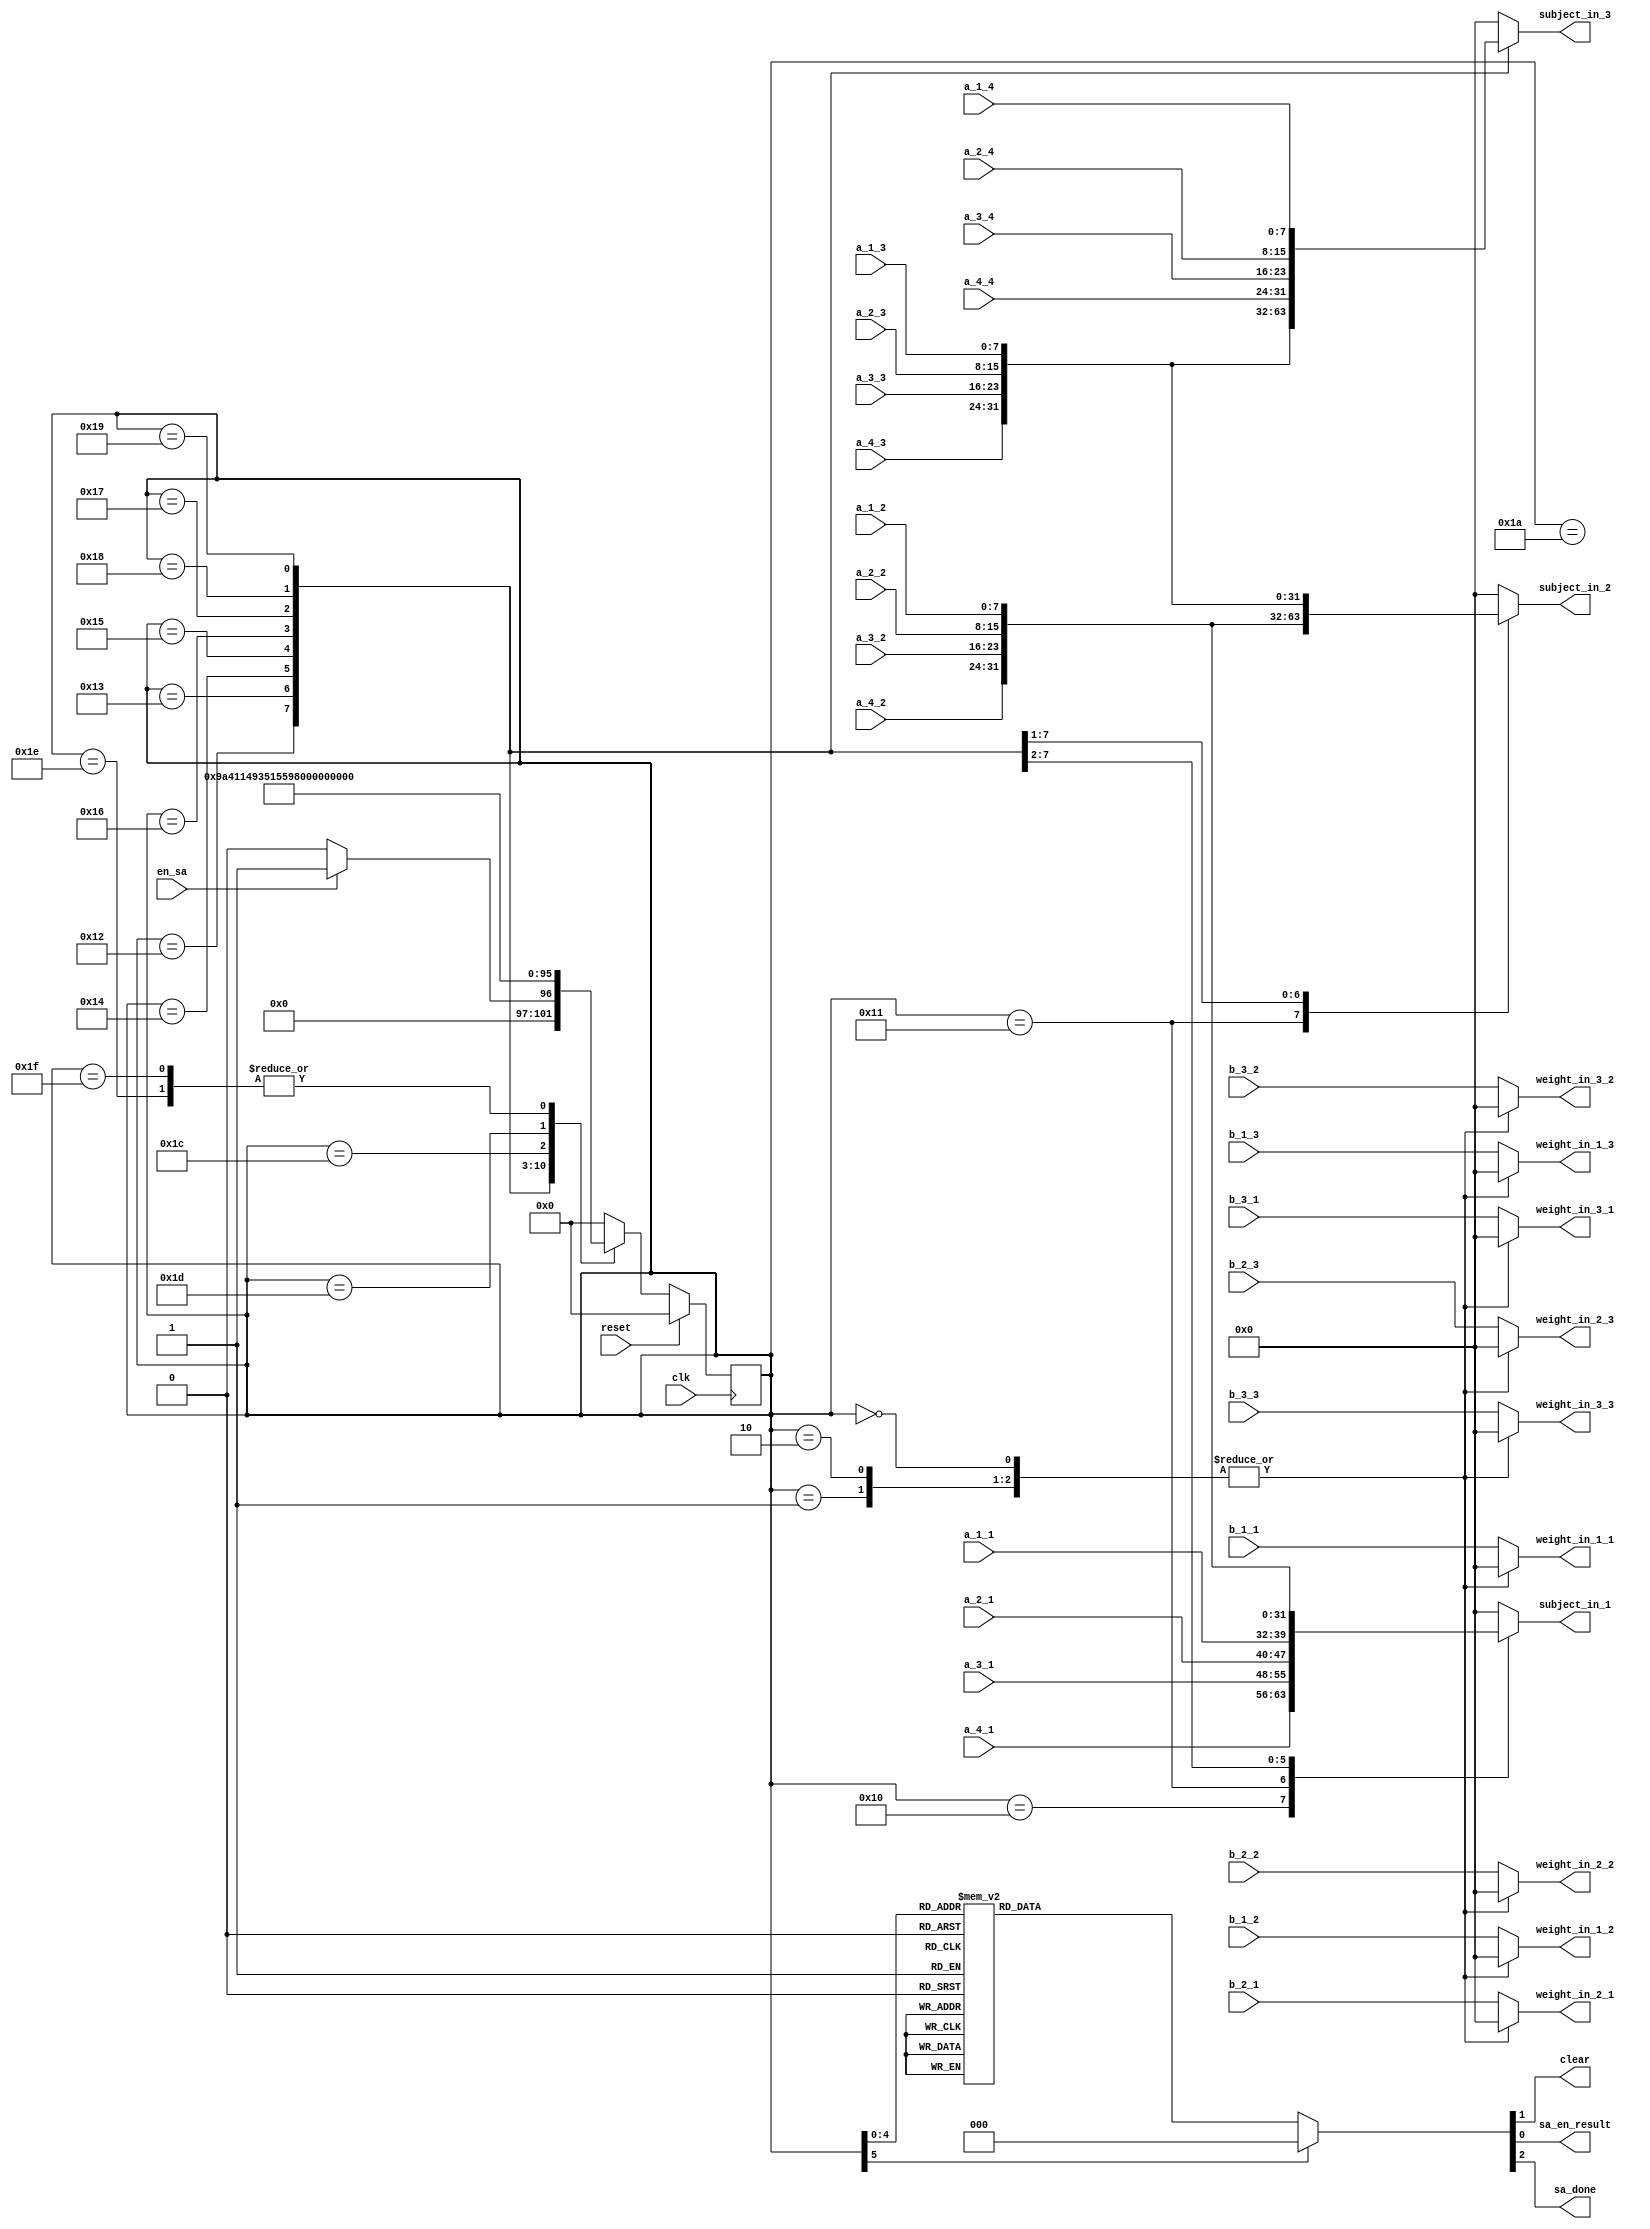
`timescale 1ns / 1ps

// waiting in wait_state
// when receive an en_sa signal, initialize
// when receive a reset signal, return to wait_state

module SA_controller(clk, reset, en_sa, 
a_1_1, a_1_2, a_1_3, a_1_4, 
a_2_1, a_2_2, a_2_3, a_2_4, 
a_3_1, a_3_2, a_3_3, a_3_4, 
a_4_1, a_4_2, a_4_3, a_4_4, 
b_1_1, b_1_2, b_1_3, 
b_2_1, b_2_2, b_2_3, 
b_3_1, b_3_2, b_3_3, 
//result,
clear,
weight_in_1_1, weight_in_1_2, weight_in_1_3, 
weight_in_2_1, weight_in_2_2, weight_in_2_3, 
weight_in_3_1, weight_in_3_2, weight_in_3_3, 
subject_in_1, subject_in_2, subject_in_3, 
sa_en_result, sa_done
);
//c_1_1, c_1_2, c_2_1, c_2_2,

    input clk;
    input reset;
    input en_sa;
    
    input [7:0] a_1_1, a_1_2, a_1_3, a_1_4;
	input [7:0] a_2_1, a_2_2, a_2_3, a_2_4;
	input [7:0] a_3_1, a_3_2, a_3_3, a_3_4;
	input [7:0] a_4_1, a_4_2, a_4_3, a_4_4;
	
	input [7:0] b_1_1, b_1_2, b_1_3;
	input [7:0] b_2_1, b_2_2, b_2_3;
	input [7:0] b_3_1, b_3_2, b_3_3;
	
//	input [7:0] result;
    
    output reg clear;
    
    output reg [7:0] weight_in_1_1, weight_in_1_2, weight_in_1_3;
    output reg [7:0] weight_in_2_1, weight_in_2_2, weight_in_2_3;
    output reg [7:0] weight_in_3_1, weight_in_3_2, weight_in_3_3;
    
    output reg [7:0] subject_in_1;
    output reg [7:0] subject_in_2;
    output reg [7:0] subject_in_3;
    
//    output reg [7:0] c_1_1, c_1_2, c_2_1, c_2_2;
    output reg sa_en_result, sa_done;
    
	reg [5:0] state, next_state;
    
    parameter 
    wait_state = 0, 
    init = 26, 
    
    delay_1 = 1, delay_2 = 2 , 
//    delay_3 = 3, delay_4 = 4, delay_5 = 5, 
//    delay_6 = 6, delay_7 = 7 , delay_8 = 8, delay_9 = 9, delay_10 = 10, 
    
    calc_1 = 16, calc_2 = 17, calc_3 = 18, calc_4 = 19, calc_5  = 20,        // error if start from 3
    calc_6 = 21, calc_7 = 22, calc_8 = 23, calc_9 = 24, calc_10 = 25,
    
    end_phase_1 = 28, end_phase_2 = 29, end_phase_3 = 30, end_phase_4 = 31;
    
    // decide output control
    always @ (state) 
    begin
		case (state)
            wait_state: // wait
            begin
                sa_en_result <= 1'b0;
                clear <= 1'b1;
                sa_done <= 1'b0;
            end
            
            delay_1:
            begin
                sa_en_result <= 1'b0;
                clear <= 1'b0;
                sa_done <= 1'b0;
            end
            
            delay_2:
            begin
                sa_en_result <= 1'b0;
                clear <= 1'b0;
                sa_done <= 1'b0;
            end
            
			init:	// init
			begin
                sa_en_result <= 1'b0;
                clear <= 1'b0;
                sa_done <= 1'b0;
			end
			
			calc_1: // start calc
			begin
                sa_en_result <= 1'b0;
                clear <= 1'b0;
                sa_done <= 1'b0;
			end 
			
			calc_2:
			begin
                sa_en_result <= 1'b0;
                clear <= 1'b0;
                sa_done <= 1'b0;
			end 
			
			calc_3:
			begin
                sa_en_result <= 1'b0;
                clear <= 1'b0;
                sa_done <= 1'b0;
			end 
			
			calc_4:	// c 2
			begin
                sa_en_result <= 1'b0;
                clear <= 1'b0;
                sa_done <= 1'b0;
			end 
			
			calc_5:	// c 3
			begin
                sa_en_result <= 1'b0;
                clear <= 1'b0;
                sa_done <= 1'b0;
			end 
			
			calc_6: // c 4
			begin
                sa_en_result <= 1'b0;
                clear <= 1'b0;
                sa_done <= 1'b0;
			end 
			
			calc_7:	// c 5
			begin
                sa_en_result <= 1'b0;
                clear <= 1'b0;
                sa_done <= 1'b0;
			end 
			
			calc_8: // c 6
			begin
                sa_en_result <= 1'b1;
                clear <= 1'b0;
                sa_done <= 1'b0;
			end 
			
			calc_9: // c 7
			begin
                sa_en_result <= 1'b1;
                clear <= 1'b0;
                sa_done <= 1'b0;
			end 
			
            calc_10: // c 8
			begin
                sa_en_result <= 1'b0;
                clear <= 1'b0;
                sa_done <= 1'b0;
			end 
			
			end_phase_1:
			begin
                sa_en_result <= 1'b0;
                clear <= 1'b0;
                sa_done <= 1'b0;
			end
			
			end_phase_2:
			begin
                sa_en_result <= 1'b1;
                clear <= 1'b0;
                sa_done <= 1'b0;
			end
			
			end_phase_3:
			begin
                sa_en_result <= 1'b1;
                clear <= 1'b0;
                sa_done <= 1'b0;
			end
			
			end_phase_4:
			begin
                sa_en_result <= 1'b0;
                clear <= 1'b0;
                sa_done <= 1'b1;
			end
			
			default:
			begin
			    sa_en_result <= 1'b0;
                clear <= 1'b0;
                sa_done <= 1'b0;
			end
	   endcase
	end
    
    // decide output value weight
    always @ (state) 
    begin
		case (state)
            wait_state: // wait
			begin
                weight_in_1_1 <= 8'd0;
                weight_in_1_2 <= 8'd0;
                weight_in_1_3 <= 8'd0;
                weight_in_2_1 <= 8'd0;
                weight_in_2_2 <= 8'd0;
                weight_in_2_3 <= 8'd0;
                weight_in_3_1 <= 8'd0;
                weight_in_3_2 <= 8'd0;
                weight_in_3_3 <= 8'd0;
			end
			
			delay_1: // wait
			begin
                weight_in_1_1 <= 8'd0;
                weight_in_1_2 <= 8'd0;
                weight_in_1_3 <= 8'd0;
                weight_in_2_1 <= 8'd0;
                weight_in_2_2 <= 8'd0;
                weight_in_2_3 <= 8'd0;
                weight_in_3_1 <= 8'd0;
                weight_in_3_2 <= 8'd0;
                weight_in_3_3 <= 8'd0;
			end
			
			delay_2: // wait
			begin
                weight_in_1_1 <= 8'd0;
                weight_in_1_2 <= 8'd0;
                weight_in_1_3 <= 8'd0;
                weight_in_2_1 <= 8'd0;
                weight_in_2_2 <= 8'd0;
                weight_in_2_3 <= 8'd0;
                weight_in_3_1 <= 8'd0;
                weight_in_3_2 <= 8'd0;
                weight_in_3_3 <= 8'd0;
			end
			
			init:
			begin
                weight_in_1_1 <= b_1_1;
                weight_in_1_2 <= b_1_2;
                weight_in_1_3 <= b_1_3;
                weight_in_2_1 <= b_2_1;
                weight_in_2_2 <= b_2_2;
                weight_in_2_3 <= b_2_3;
                weight_in_3_1 <= b_3_1;
                weight_in_3_2 <= b_3_2;
                weight_in_3_3 <= b_3_3;
			end
			
			calc_1:
			begin
                weight_in_1_1 <= b_1_1;
                weight_in_1_2 <= b_1_2;
                weight_in_1_3 <= b_1_3;
                weight_in_2_1 <= b_2_1;
                weight_in_2_2 <= b_2_2;
                weight_in_2_3 <= b_2_3;
                weight_in_3_1 <= b_3_1;
                weight_in_3_2 <= b_3_2;
                weight_in_3_3 <= b_3_3;
			end
			calc_2:
			begin
                weight_in_1_1 <= b_1_1;
                weight_in_1_2 <= b_1_2;
                weight_in_1_3 <= b_1_3;
                weight_in_2_1 <= b_2_1;
                weight_in_2_2 <= b_2_2;
                weight_in_2_3 <= b_2_3;
                weight_in_3_1 <= b_3_1;
                weight_in_3_2 <= b_3_2;
                weight_in_3_3 <= b_3_3;
			end
			calc_3:
			begin
                weight_in_1_1 <= b_1_1;
                weight_in_1_2 <= b_1_2;
                weight_in_1_3 <= b_1_3;
                weight_in_2_1 <= b_2_1;
                weight_in_2_2 <= b_2_2;
                weight_in_2_3 <= b_2_3;
                weight_in_3_1 <= b_3_1;
                weight_in_3_2 <= b_3_2;
                weight_in_3_3 <= b_3_3;
			end
			calc_4:
			begin
                weight_in_1_1 <= b_1_1;
                weight_in_1_2 <= b_1_2;
                weight_in_1_3 <= b_1_3;
                weight_in_2_1 <= b_2_1;
                weight_in_2_2 <= b_2_2;
                weight_in_2_3 <= b_2_3;
                weight_in_3_1 <= b_3_1;
                weight_in_3_2 <= b_3_2;
                weight_in_3_3 <= b_3_3;
			end
			calc_5:
			begin
                weight_in_1_1 <= b_1_1;
                weight_in_1_2 <= b_1_2;
                weight_in_1_3 <= b_1_3;
                weight_in_2_1 <= b_2_1;
                weight_in_2_2 <= b_2_2;
                weight_in_2_3 <= b_2_3;
                weight_in_3_1 <= b_3_1;
                weight_in_3_2 <= b_3_2;
                weight_in_3_3 <= b_3_3;
			end
			calc_6:
			begin
                weight_in_1_1 <= b_1_1;
                weight_in_1_2 <= b_1_2;
                weight_in_1_3 <= b_1_3;
                weight_in_2_1 <= b_2_1;
                weight_in_2_2 <= b_2_2;
                weight_in_2_3 <= b_2_3;
                weight_in_3_1 <= b_3_1;
                weight_in_3_2 <= b_3_2;
                weight_in_3_3 <= b_3_3;
			end
            calc_7:
			begin
                weight_in_1_1 <= b_1_1;
                weight_in_1_2 <= b_1_2;
                weight_in_1_3 <= b_1_3;
                weight_in_2_1 <= b_2_1;
                weight_in_2_2 <= b_2_2;
                weight_in_2_3 <= b_2_3;
                weight_in_3_1 <= b_3_1;
                weight_in_3_2 <= b_3_2;
                weight_in_3_3 <= b_3_3;
			end
            calc_8:
			begin
                weight_in_1_1 <= b_1_1;
                weight_in_1_2 <= b_1_2;
                weight_in_1_3 <= b_1_3;
                weight_in_2_1 <= b_2_1;
                weight_in_2_2 <= b_2_2;
                weight_in_2_3 <= b_2_3;
                weight_in_3_1 <= b_3_1;
                weight_in_3_2 <= b_3_2;
                weight_in_3_3 <= b_3_3;
			end
            calc_9:
			begin
                weight_in_1_1 <= b_1_1;
                weight_in_1_2 <= b_1_2;
                weight_in_1_3 <= b_1_3;
                weight_in_2_1 <= b_2_1;
                weight_in_2_2 <= b_2_2;
                weight_in_2_3 <= b_2_3;
                weight_in_3_1 <= b_3_1;
                weight_in_3_2 <= b_3_2;
                weight_in_3_3 <= b_3_3;
			end
            calc_10:
			begin
                weight_in_1_1 <= b_1_1;
                weight_in_1_2 <= b_1_2;
                weight_in_1_3 <= b_1_3;
                weight_in_2_1 <= b_2_1;
                weight_in_2_2 <= b_2_2;
                weight_in_2_3 <= b_2_3;
                weight_in_3_1 <= b_3_1;
                weight_in_3_2 <= b_3_2;
                weight_in_3_3 <= b_3_3;
			end
    
            end_phase_1:
			begin
                weight_in_1_1 <= b_1_1;
                weight_in_1_2 <= b_1_2;
                weight_in_1_3 <= b_1_3;
                weight_in_2_1 <= b_2_1;
                weight_in_2_2 <= b_2_2;
                weight_in_2_3 <= b_2_3;
                weight_in_3_1 <= b_3_1;
                weight_in_3_2 <= b_3_2;
                weight_in_3_3 <= b_3_3;
			end
            end_phase_2:
			begin
                weight_in_1_1 <= b_1_1;
                weight_in_1_2 <= b_1_2;
                weight_in_1_3 <= b_1_3;
                weight_in_2_1 <= b_2_1;
                weight_in_2_2 <= b_2_2;
                weight_in_2_3 <= b_2_3;
                weight_in_3_1 <= b_3_1;
                weight_in_3_2 <= b_3_2;
                weight_in_3_3 <= b_3_3;
			end
            end_phase_3:
			begin
                weight_in_1_1 <= b_1_1;
                weight_in_1_2 <= b_1_2;
                weight_in_1_3 <= b_1_3;
                weight_in_2_1 <= b_2_1;
                weight_in_2_2 <= b_2_2;
                weight_in_2_3 <= b_2_3;
                weight_in_3_1 <= b_3_1;
                weight_in_3_2 <= b_3_2;
                weight_in_3_3 <= b_3_3;
			end
            end_phase_4:
			begin
                weight_in_1_1 <= b_1_1;
                weight_in_1_2 <= b_1_2;
                weight_in_1_3 <= b_1_3;
                weight_in_2_1 <= b_2_1;
                weight_in_2_2 <= b_2_2;
                weight_in_2_3 <= b_2_3;
                weight_in_3_1 <= b_3_1;
                weight_in_3_2 <= b_3_2;
                weight_in_3_3 <= b_3_3;
			end
		
			default:
			begin
                weight_in_1_1 <= b_1_1;
                weight_in_1_2 <= b_1_2;
                weight_in_1_3 <= b_1_3;
                weight_in_2_1 <= b_2_1;
                weight_in_2_2 <= b_2_2;
                weight_in_2_3 <= b_2_3;
                weight_in_3_1 <= b_3_1;
                weight_in_3_2 <= b_3_2;
                weight_in_3_3 <= b_3_3;
			end
	   endcase
	end
	
	// decide output subject
	always @ (state) 
    begin
		case (state)
            wait_state: // wait
			begin
                subject_in_1 <= 8'd0;
                subject_in_2 <= 8'd0;
                subject_in_3 <= 8'd0;
			end
			
			delay_1: // wait
			begin
                subject_in_1 <= 8'd0;
                subject_in_2 <= 8'd0;
                subject_in_3 <= 8'd0;
			end
			
			delay_2: // wait
			begin
                subject_in_1 <= 8'd0;
                subject_in_2 <= 8'd0;
                subject_in_3 <= 8'd0;
			end
		
            init: // init
			begin
                subject_in_1 <= 8'd0;
                subject_in_2 <= 8'd0;
                subject_in_3 <= 8'd0;
			end
			
			calc_1:
			begin
                subject_in_1 <= a_4_1;
                subject_in_2 <= 8'd0;
                subject_in_3 <= 8'd0;
			end
			calc_2:
			begin
                subject_in_1 <= a_3_1;
                subject_in_2 <= a_4_2;
                subject_in_3 <= 8'd0;
			end
			calc_3:
			begin
                subject_in_1 <= a_2_1;
                subject_in_2 <= a_3_2;
                subject_in_3 <= a_4_3;
			end 
			calc_4:	// c 2
			begin                
                subject_in_1 <= a_1_1;
                subject_in_2 <= a_2_2;
                subject_in_3 <= a_3_3;
			end 
			calc_5:	// c 3
			begin
                subject_in_1 <= a_4_2;
                subject_in_2 <= a_1_2;
                subject_in_3 <= a_2_3;
			end 
			calc_6: // c 4
			begin
                subject_in_1 <= a_3_2;
                subject_in_2 <= a_4_3;
                subject_in_3 <= a_1_3;
			end 
			calc_7:	// c 5
			begin
                subject_in_1 <= a_2_2;
                subject_in_2 <= a_3_3;
                subject_in_3 <= a_4_4;
			end  
			calc_8:	// c 6
			begin
                subject_in_1 <= a_1_2;
                subject_in_2 <= a_2_3;
                subject_in_3 <= a_3_4;
			end
			calc_9: // c 7
			begin
                subject_in_1 <= 8'd0;
                subject_in_2 <= a_1_3;
                subject_in_3 <= a_2_4;
			end
			calc_10: // c 8
			begin
                subject_in_1 <= 8'd0;
                subject_in_2 <= 8'd0;
                subject_in_3 <= a_1_4;
			end
			
			end_phase_1:
			begin
                subject_in_1 <= 8'd0;
                subject_in_2 <= 8'd0;
                subject_in_3 <= 8'd0;
			end
			
			end_phase_2:
			begin
                subject_in_1 <= 8'd0;
                subject_in_2 <= 8'd0;
                subject_in_3 <= 8'd0;
			end
			
			end_phase_3:
			begin
                subject_in_1 <= 8'd0;
                subject_in_2 <= 8'd0;
                subject_in_3 <= 8'd0;
			end
			
			end_phase_4:
			begin
                subject_in_1 <= 8'd0;
                subject_in_2 <= 8'd0;
                subject_in_3 <= 8'd0;
			end
			
			default:
			begin
                subject_in_1 <= 8'd0;
                subject_in_2 <= 8'd0;
                subject_in_3 <= 8'd0;
			end
	   endcase
	end
    
    //Update the current state
	always @ (posedge clk) 
	begin
		if (reset)
		begin
			state <= wait_state;
        end
		else
		begin
			state <= next_state;
        end
	end

    //Determine the next state
	always @ (*) 
	begin
	    case(state)
            default:
            begin
                next_state <= wait_state;
            end
                     
            wait_state: // wait state
            begin
                if (en_sa)
                    next_state <= delay_1;
                else
                    next_state <= wait_state;
            end
            
            delay_1: 
            begin
                next_state <= delay_2;
            end
            
            delay_2: 
            begin
                next_state <= init;
            end

            init: 
            begin
                next_state <= calc_1;
            end
            calc_1:
            begin
                next_state <= calc_2;
            end
            calc_2:
            begin
                next_state <= calc_3;
            end
            calc_3:
            begin
                next_state <= calc_4;
            end
            calc_4:
            begin
                next_state <= calc_5;
            end
            calc_5:
            begin
                next_state <= calc_6;
            end
            calc_6:
            begin
                next_state <= calc_7;
            end
            calc_7:
            begin
                next_state <= calc_8;
            end
            calc_8:
            begin
                next_state <= calc_9;
            end
            calc_9:
            begin
                next_state <= calc_10;
            end
            calc_10:
            begin
                next_state <= end_phase_1;
            end
            end_phase_1:
            begin
                next_state <= end_phase_2;
            end
            end_phase_2:
            begin
                next_state <= end_phase_3;
            end
            end_phase_3:
            begin
                next_state <= end_phase_4;
            end
            end_phase_4:
            begin
                next_state <= end_phase_4;
            end
        endcase
	end
endmodule